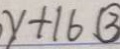
y + 1 6 \textcircled { 3 }